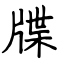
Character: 牒